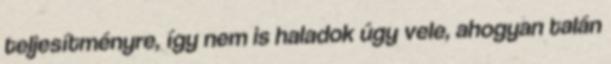
teljesítményre, így nem is haladok úgy vele, ahogyan talán